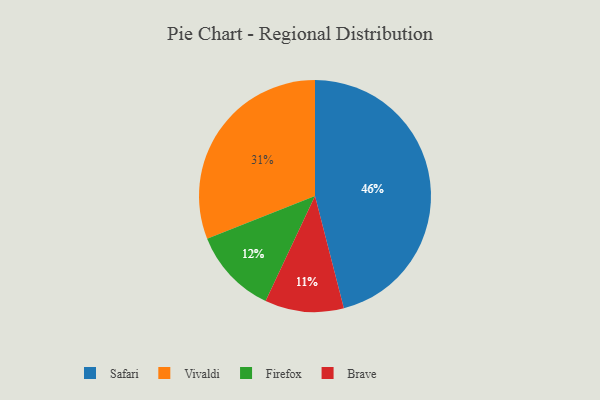
{"axis": {"x": "Category", "y": "Percentage"}, "legend": ["Brave", "Firefox", "Safari", "Vivaldi"], "data": [{"x": "Firefox", "y": 12, "type": "Firefox"}, {"x": "Brave", "y": 11, "type": "Brave"}, {"x": "Vivaldi", "y": 31, "type": "Vivaldi"}, {"x": "Safari", "y": 46, "type": "Safari"}]}